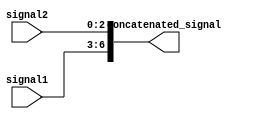
module Concatenation_Example (
    input [3:0] signal1,
    input [2:0] signal2,
    output [6:0] concatenated_signal
);

assign concatenated_signal = {signal1, signal2};

endmodule